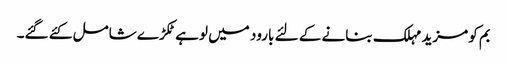
بم کو مزید مہلک بنانے کے لئے بارود میں لوہے ٹکڑے شامل کئے گئے۔